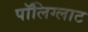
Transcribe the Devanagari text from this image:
पॉलिग्लाट